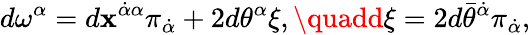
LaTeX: d\omega^{\alpha}=d\mathbf{x}^{\dot{{\alpha}}\alpha}\pi_{\dot{{\alpha}}}+2d\theta^{\alpha}\xi,\quadd\xi=2d\bar{{\theta}}^{\dot{{\alpha}}}\pi_{\dot{{\alpha}}},